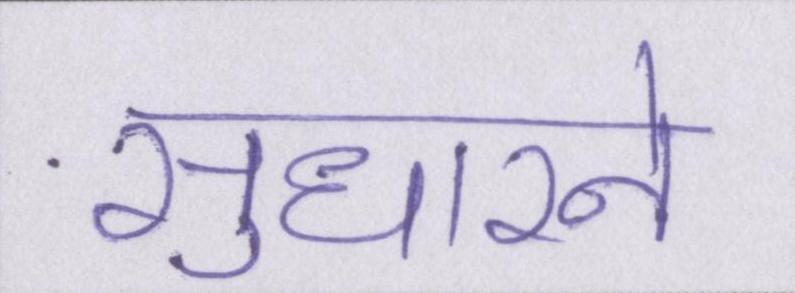
सुधारने